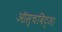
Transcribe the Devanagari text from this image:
ऑस्चविट्ज।